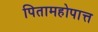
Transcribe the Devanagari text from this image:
पितामहोपात्त